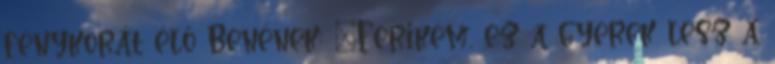
fénykorát élő Benének: „Ferikém, ez a gyerek lesz a